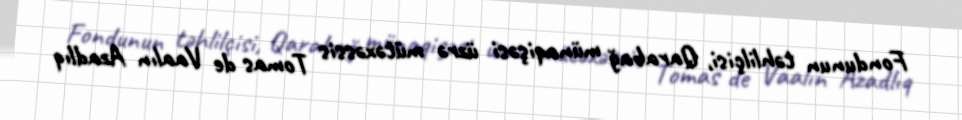
Fondunun təhlilçisi, Qarabağ münaqişəsi üzrə mütəxəssis Tomas de Vaalın Azadlıq